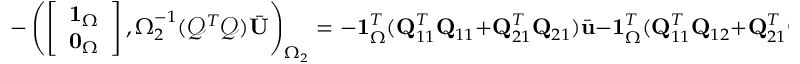
- \left( \left[ \begin{array} { l } { \mathbf { 1 } _ { \Omega } } \\ { \mathbf { 0 } _ { \Omega } } \end{array} \right] , \boldsymbol { \Omega } _ { 2 } ^ { - 1 } ( \mathcal { Q } ^ { T } \mathcal { Q } ) \bar { \mathbf { U } } \right) _ { \Omega _ { 2 } } = - \mathbf { 1 } _ { \Omega } ^ { T } ( \mathbf { Q } _ { 1 1 } ^ { T } \mathbf { Q } _ { 1 1 } + \mathbf { Q } _ { 2 1 } ^ { T } \mathbf { Q } _ { 2 1 } ) \bar { \mathbf { u } } - \mathbf { 1 } _ { \Omega } ^ { T } ( \mathbf { Q } _ { 1 1 } ^ { T } \mathbf { Q } _ { 1 2 } + \mathbf { Q } _ { 2 1 } ^ { T } \mathbf { Q } _ { 2 2 } ) \mathbf { s } = 0 ,